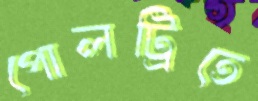
পোলট্রিতে